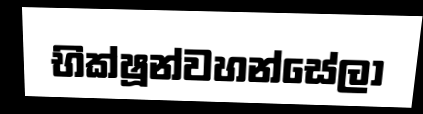
භික්ෂූන්වහන්සේලා